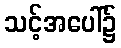
သင့်အပေါ်၌